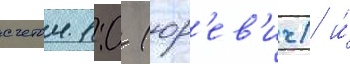
счетом 1:0 (юр'ев'ич) и́